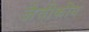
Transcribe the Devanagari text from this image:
जैवीकीय